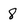
Character: 8